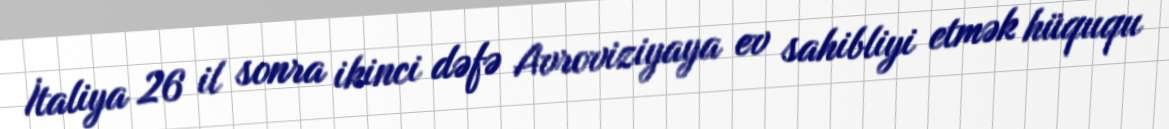
İtaliya 26 il sonra ikinci dəfə Avroviziyaya ev sahibliyi etmək hüququ